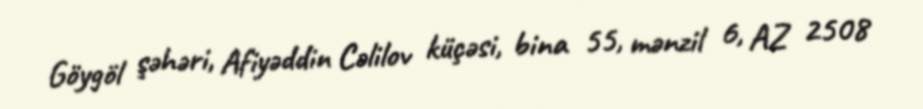
Göygöl şəhəri, Afiyəddin Cəlilov küçəsi, bina 55, mənzil 6, AZ 2508